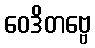
ဝေဒိတဗ္ဗေ